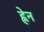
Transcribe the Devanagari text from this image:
ह्नेन